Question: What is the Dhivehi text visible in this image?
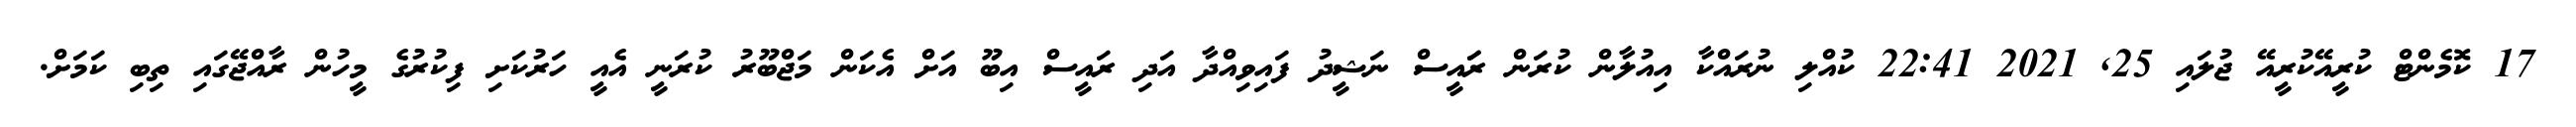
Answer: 17 ކޮމެންޓް ކުރީއޭކުރީއޭ ޖުލައި 25, 2021 22:41 ކުއްލި ނުރައްކާ އިއުލާން ކުރަން ރަައީސް ނަޝީދު ފައިވިއްދާ އަދި ރައީސް އިބޫ އަށް އެކަން މަޖްބޫރު ކުރަނީ އެއީ ހަރުކަށި ފިކުރުގެ މީހުން ރާއްޖޭގައި ތިބި ކަމަށް.